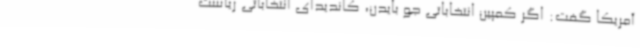
آمریکا گفت: اگر کمپین انتخاباتی جو بایدن، کاندیدای انتخاباتی ریاست